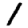
Digit: 1